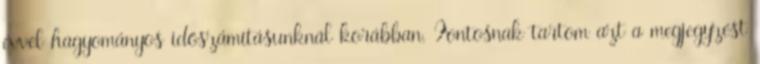
évvel hagyományos időszámításunknál korábban. Fontosnak tartom azt a megjegyzést